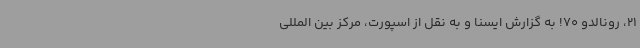
21، رونالدو 70! به گزارش ایسنا و به نقل از اسپورت، مرکز بین المللی